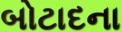
બોટાદના